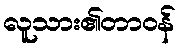
လူသား၏တာဝန်